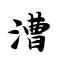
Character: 漕